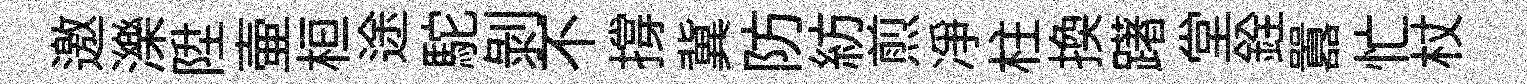
邀濼陞壷桓途駝剥不撐冀防紡煎凈柱换躇堂銓囂忙杖